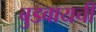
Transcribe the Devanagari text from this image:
बुडवायची